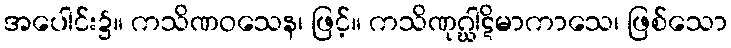
အပေါင်း၌။ ကသိဏဝသေန၊ ဖြင့်။ ကသိဏုဂ္ဃါဋိမာကာသေ၊ ဖြစ်သော